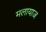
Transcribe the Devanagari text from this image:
मलायाज